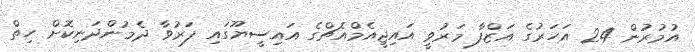
އުމުރުން 24 އަހަރުގެ އަޒްފާ މަރުވީ އައިޖީއެމްއެޗްގެ އައިސީޔޫގައި ފަރުވާ ދެމުންދަނިކޮށް ހިތް